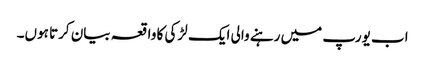
اب یورپ میں رہنے والی ایک لڑکی کا واقعہ بیان کرتا ہوں۔